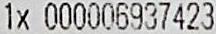
1X 000006937423